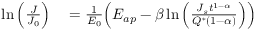
\begin{array} { r l } { \ln \Big ( \frac { J } { J _ { 0 } } \Big ) } & { { } = \frac { 1 } { E _ { 0 } } \Big ( E _ { a p } - \beta \ln \Big ( \frac { J _ { s } t ^ { 1 - \alpha } } { Q ^ { * } ( 1 - \alpha ) } \Big ) \Big ) } \end{array}